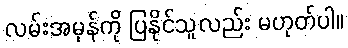
လမ်းအမှန်ကို ပြနိုင်သူလည်း မဟုတ်ပါ။